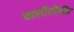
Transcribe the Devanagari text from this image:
चालीरीतींत